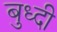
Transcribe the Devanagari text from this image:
बुध्‍दी